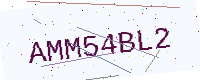
Text: AMM54BL2